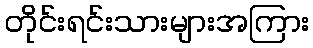
တိုင်းရင်းသားများအကြား